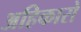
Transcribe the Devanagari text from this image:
अहिकारो